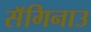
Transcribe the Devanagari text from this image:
सॅगिनाउ